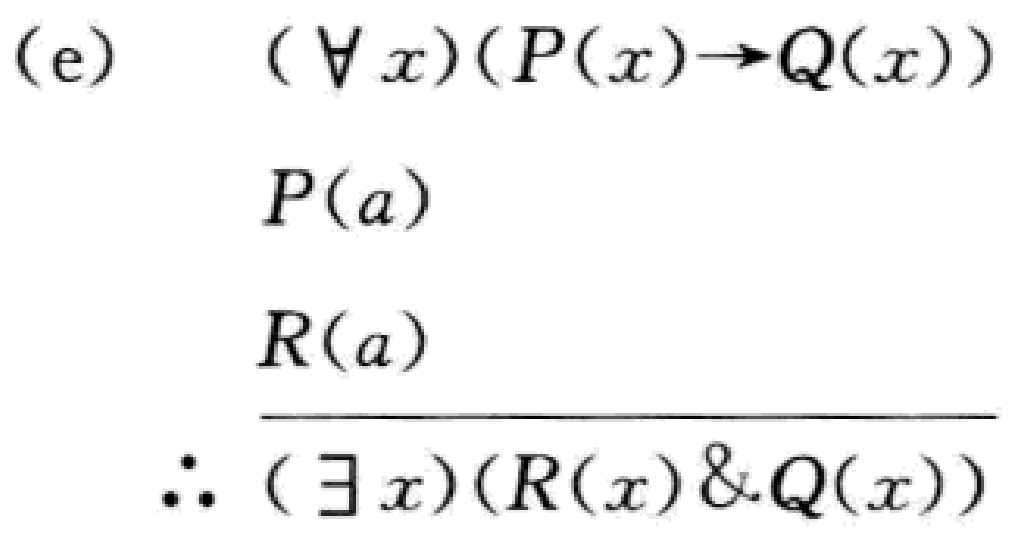
(e) \((\forall x)(P(x)\to Q(x))\)

\(P(a)\)

\(R(a)\)

\(\overline{\therefore (\exists x)(R(x)\&Q(x))}\)